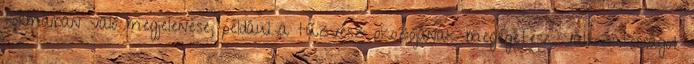
formáiban való megjelenése, például a tűzvész okozójának megégetése. Változatosságot